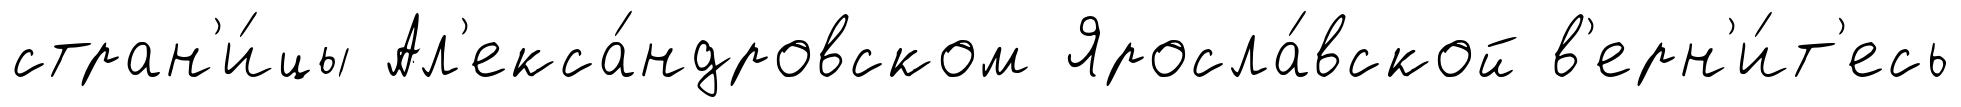
стран'и́цы Ал'екса́ндровском Яросла́вской в'ерн'и́т'есь